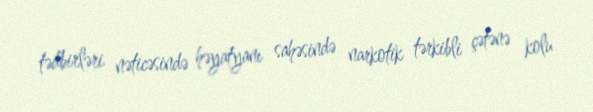
tədbirləri nəticəsində həyatyanı sahəsində narkotik tərkibli çətənə kolu